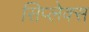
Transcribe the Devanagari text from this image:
सिप्लेक्स